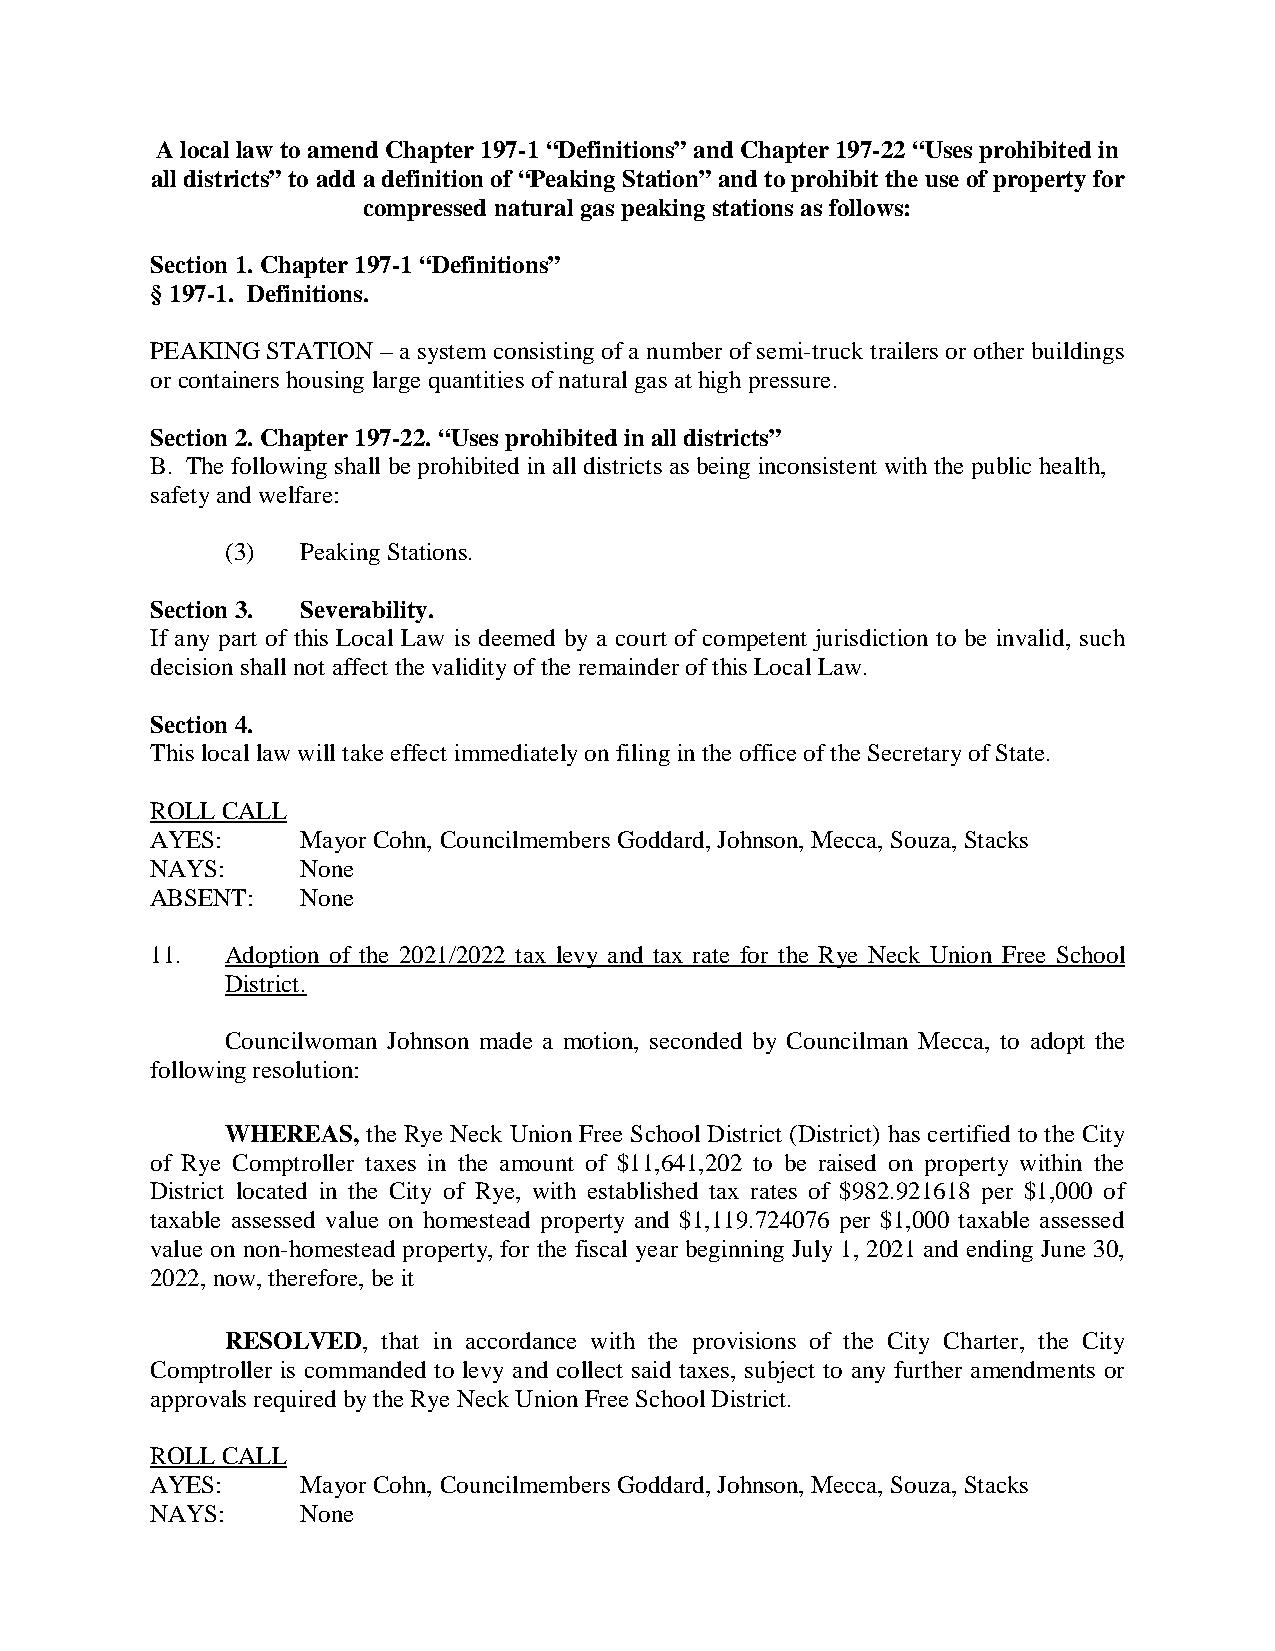
A local law to amend Chapter 197-1 “Definitions” and Chapter 197-22 “Uses prohibited in
 all districts” to add a definition of “Peaking Station” and to prohibit the use of property for
 compressed natural gas peaking stations as follows:
 Section 1. Chapter 197-1 “Definitions”
 § 197-1. Definitions.
 PEAKING STATION – a system consisting of a number of semi-truck trailers or other buildings
 or containers housing large quantities of natural gas at high pressure.
 Section 2. Chapter 197-22. “Uses prohibited in all districts”
 B. The following shall be prohibited in all districts as being inconsistent with the public health,
 safety and welfare:
 (3)  Peaking Stations.
 Section 3. Severability.
 If any part of this Local Law is deemed by a court of competent jurisdiction to be invalid, such
 decision shall not affect the validity of the remainder of this Local Law.
 Section 4.
 This local law will take effect immediately on filing in the office of the Secretary of State.
 ROLL CALL
 AYES:     Mayor Cohn, Councilmembers Goddard, Johnson, Mecca, Souza, Stacks
 NAYS:     None
 ABSENT:   None
 11.  Adoption of the 2021/2022 tax levy and tax rate for the Rye Neck Union Free School
 District.
 Councilwoman Johnson made a motion, seconded by Councilman Mecca, to adopt the
 following resolution:
 WHEREAS, the Rye Neck Union Free School District (District) has certified to the City
 of Rye Comptroller taxes in the amount of $11,641,202 to be raised on property within the
 District located in the City of Rye, with established tax rates of $982.921618 per $1,000 of
 taxable assessed value on homestead property and $1,119.724076 per $1,000 taxable assessed
 value on non-homestead property, for the fiscal year beginning July 1, 2021 and ending June 30,
 2022, now, therefore, be it
 RESOLVED, that in accordance with the provisions of the City Charter, the City
 Comptroller is commanded to levy and collect said taxes, subject to any further amendments or
 approvals required by the Rye Neck Union Free School District.
 ROLL CALL
 AYES:     Mayor Cohn, Councilmembers Goddard, Johnson, Mecca, Souza, Stacks
 NAYS:     None